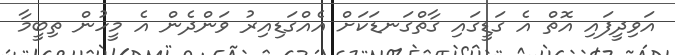
އަވިދީފައި އޮތް އެ ގަޑީގައި ގާތްގަނޑަކަށް އެއްގަޑިއިރު ވަންދެން އެ މީހުން ތިބީމާ